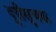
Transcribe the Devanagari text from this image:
दूरीसूचक